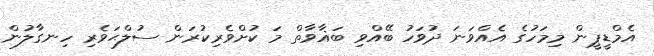
އެމްޑީޕީން މިމަހުގެ އެއްވަނަ ދުވަހު ބޭއްވި ބަޣާވާތް މަ ކުށްވެރިކުރަން ސުލްޙަވެރި ހިނގާލުން